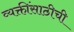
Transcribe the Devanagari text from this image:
व्यक्तींसाठीची